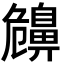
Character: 𪖤